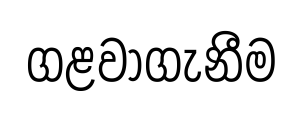
ගළවාගැනීම